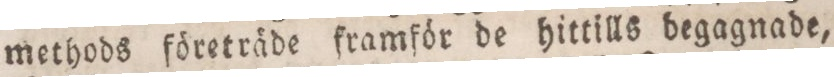
methods företräde framför de hittills begagnade,